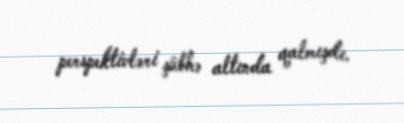
perspektivləri şübhə altında qalmışdı.